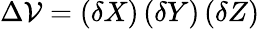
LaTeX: \Delta\mathcal{V}=\left(\delta X\right)\left(\delta Y\right)\left(\delta Z\right)